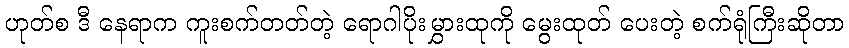
ဟုတ်စ ဒီ နေရာက ကူးစက်တတ်တဲ့ ရောဂါပိုးမွှားထုကို မွေးထုတ် ပေးတဲ့ စက်ရုံကြီးဆိုတာ